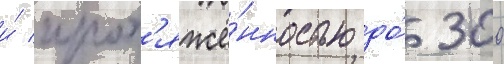
и́ прот'яжё́нностью до́ 300